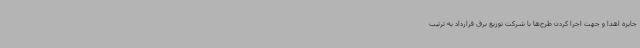
جایزه اهدا و جهت اجرا کردن طرح‌ها با شرکت توزیع برق قرارداد به ترتیب